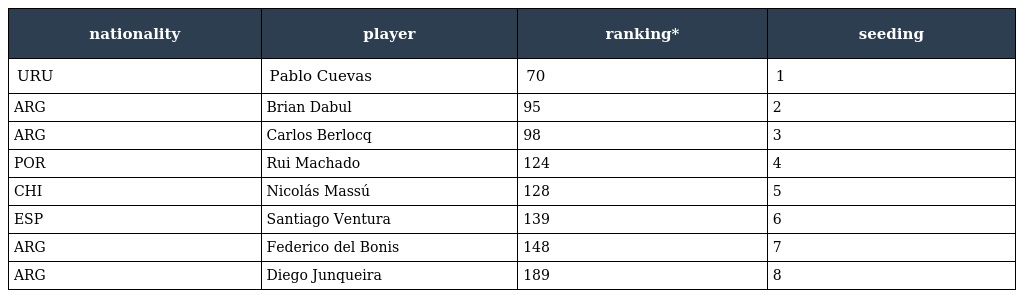
| nationality | player | ranking* | seeding |
 | --- | --- | --- | --- |
 | URU | Pablo Cuevas | 70 | 1 |
 | ARG | Brian Dabul | 95 | 2 |
 | ARG | Carlos Berlocq | 98 | 3 |
 | POR | Rui Machado | 124 | 4 |
 | CHI | Nicolás Massú | 128 | 5 |
 | ESP | Santiago Ventura | 139 | 6 |
 | ARG | Federico del Bonis | 148 | 7 |
 | ARG | Diego Junqueira | 189 | 8 |